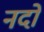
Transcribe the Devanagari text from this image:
नदों